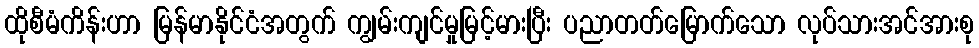
ထိုစီမံကိန်းဟာ မြန်မာနိုင်ငံအတွက် ကျွမ်းကျင်မှုမြင့်မားပြီး ပညာတတ်မြောက်သော လုပ်သားအင်အားစု